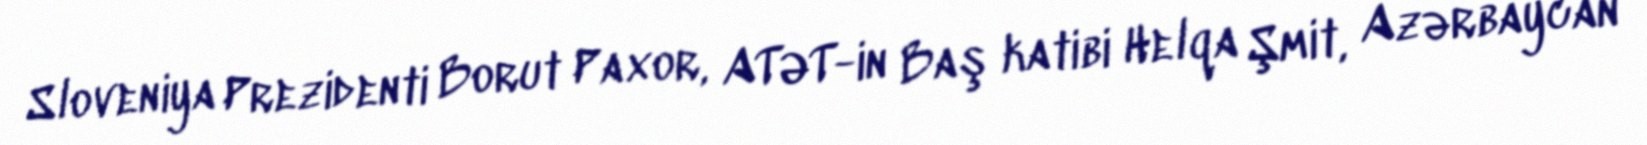
Sloveniya Prezidenti Borut Paxor, ATƏT-in Baş katibi Helqa Şmit, Azərbaycan